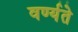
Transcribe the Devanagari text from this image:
वर्ण्यते